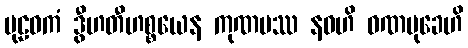
ပုဠဝကံ ဒွီဟတီဟစ္စယေန ကုဏပဿ နဝဟိ ဝဏမုခေဟိ